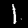
Digit: 1